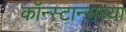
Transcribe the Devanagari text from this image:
कॉन्स्टान्सच्या